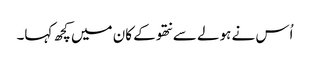
اُس نے ہولے سے نتھو کے کان میں کچھ کہا۔